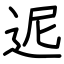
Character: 迡